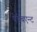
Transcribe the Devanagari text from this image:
ऐम्बिएन्ट